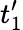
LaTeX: t_{1}^{\prime}